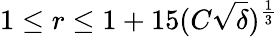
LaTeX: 1\leq r\leq 1+15(C\sqrt{\delta})^{\frac{1}{3}}